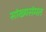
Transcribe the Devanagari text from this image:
सांख्यसंमत